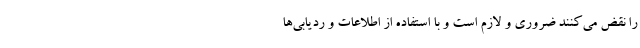
را نقض می‌کنند ضروری و لازم است و با استفاده از اطلاعات و ردیابی‌ها